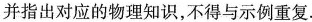
并指出对应的物理知识，不得与示例重复.